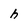
Character: h